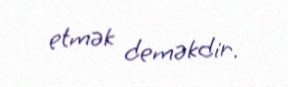
etmək deməkdir.